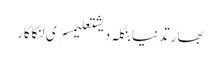
بھارتدنیابنگلہ دیشتعلیمسری لنکاکار